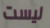
ليست